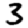
Digit: 3